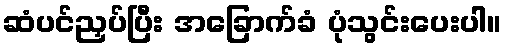
ဆံပင်ညှပ်ပြီး အခြောက်ခံ ပုံသွင်းပေးပါ။